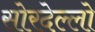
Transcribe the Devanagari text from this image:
सोरदेल्लो